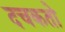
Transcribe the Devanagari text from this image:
दचकतो